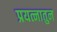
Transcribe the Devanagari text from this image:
प्रयत्नातुन